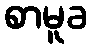
စာမူခ